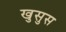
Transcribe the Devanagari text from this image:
खुसुस